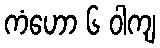
ကံဟော ၆ ဝါကျ